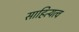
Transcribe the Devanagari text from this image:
साहित्यत्व